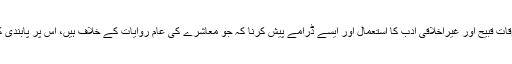
غیر روایتی اور بعض اوقات قبیح اور غیراخلاقی ادب کا استعمال اور ایسے ڈرامے پیش کرنا کہ جو معاشرے کی عام روایات کے خلاف ہیں، اس پر پابندی کے اسباب میں سے ہے۔